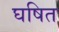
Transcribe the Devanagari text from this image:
घषित